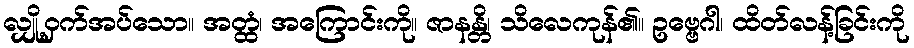
လျှို့ဝှက်အပ်သော။ အတ္ထံ၊ အကြောင်းကို။ ဇာနန္တိ၊ သိလေကုန်၏။ ဥဗ္ဗေဂါ၊ ထိတ်လန့်ခြင်းကို